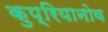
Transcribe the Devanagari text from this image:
कुप्रियानोव